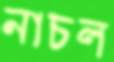
নাচল